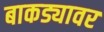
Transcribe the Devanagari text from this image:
बाकड्यावर